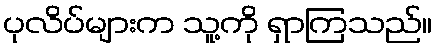
ပုလိပ်များက သူ့ကို ရှာကြသည်။